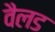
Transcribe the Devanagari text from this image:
वैलड